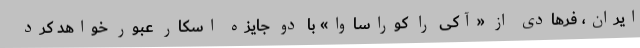
ایران، فرهادی از «آکی را کوراساوا» با دو جایزه اسکار عبور خواهد کرد